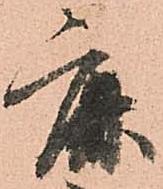
鹿